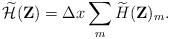
LaTeX: \begin{align*}\widetilde{\mathcal{H}}(\mathbf{Z})=\Delta x\sum_m \widetilde H(\mathbf{Z})_m.\end{align*}